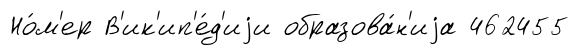
Но́м'ер В'ик'ип'е́д'иjи образова́н'иjа 462455